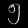
Digit: ၅